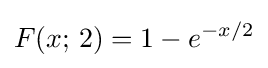
F(x;\,2)=1-e^{-x/2}